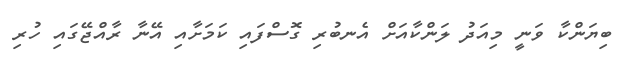
ބިޔަންކާ ވަނީ މިއަދު ލަންކާއަށް އެނބުރި ގޮސްފައި ކަމަށާއި އޭނާ ރާއްޖޭގައި ހުރި